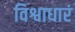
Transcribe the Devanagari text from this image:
विश्वाधारं